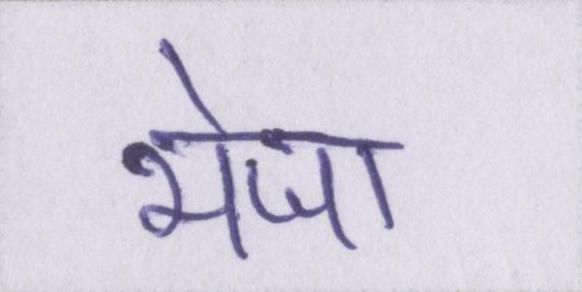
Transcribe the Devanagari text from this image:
भेजा